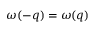
\omega ( - q ) = \omega ( q )